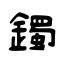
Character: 鐲